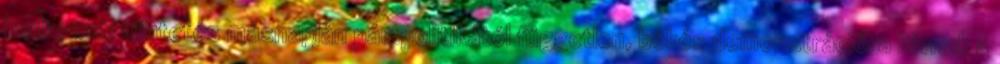
budapesti tüntetés másnapján pártpolitikától független, békés demonstrációra hívnak a